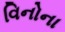
વિનોના